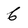
Character: 6